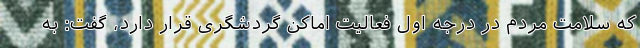
که سلامت مردم در درجه اول فعالیت اماکن گردشگری قرار دارد، گفت: به